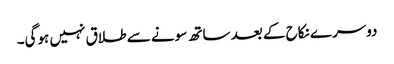
دوسرے نکاح کے بعد ساتھ سونے سے طلاق نہیں ہوگی۔